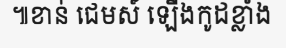
៕ខាន់ ជេមស៍ ឡើងកូដខ្លាំង